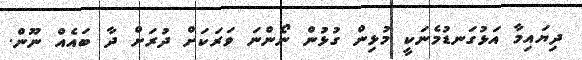
ދިޔައިމާ އަޅުގަނޑުމެނަކީ މުޅިން ގުޅުން ނޯންނަ ވަރަކަށް ދުރަށް ދާ ބައެއް ނޫން.